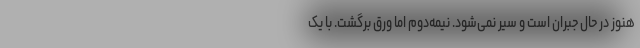
هنوز در حال جبران است و سیر نمی‌شود. نیمه‌دوم اما ورق برگشت. با یک